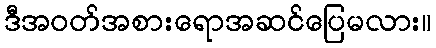
ဒီအဝတ်အစားရောအဆင်ပြေမလား။